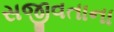
સજીવતાના